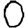
Digit: 0